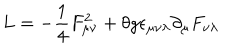
L = - \frac { 1 } { 4 } F _ { \mu \nu } ^ { 2 } + \theta g \epsilon _ { \mu \nu \lambda } \partial _ { \mu } F _ { \nu \lambda }